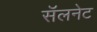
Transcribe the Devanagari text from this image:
सॅलनेट